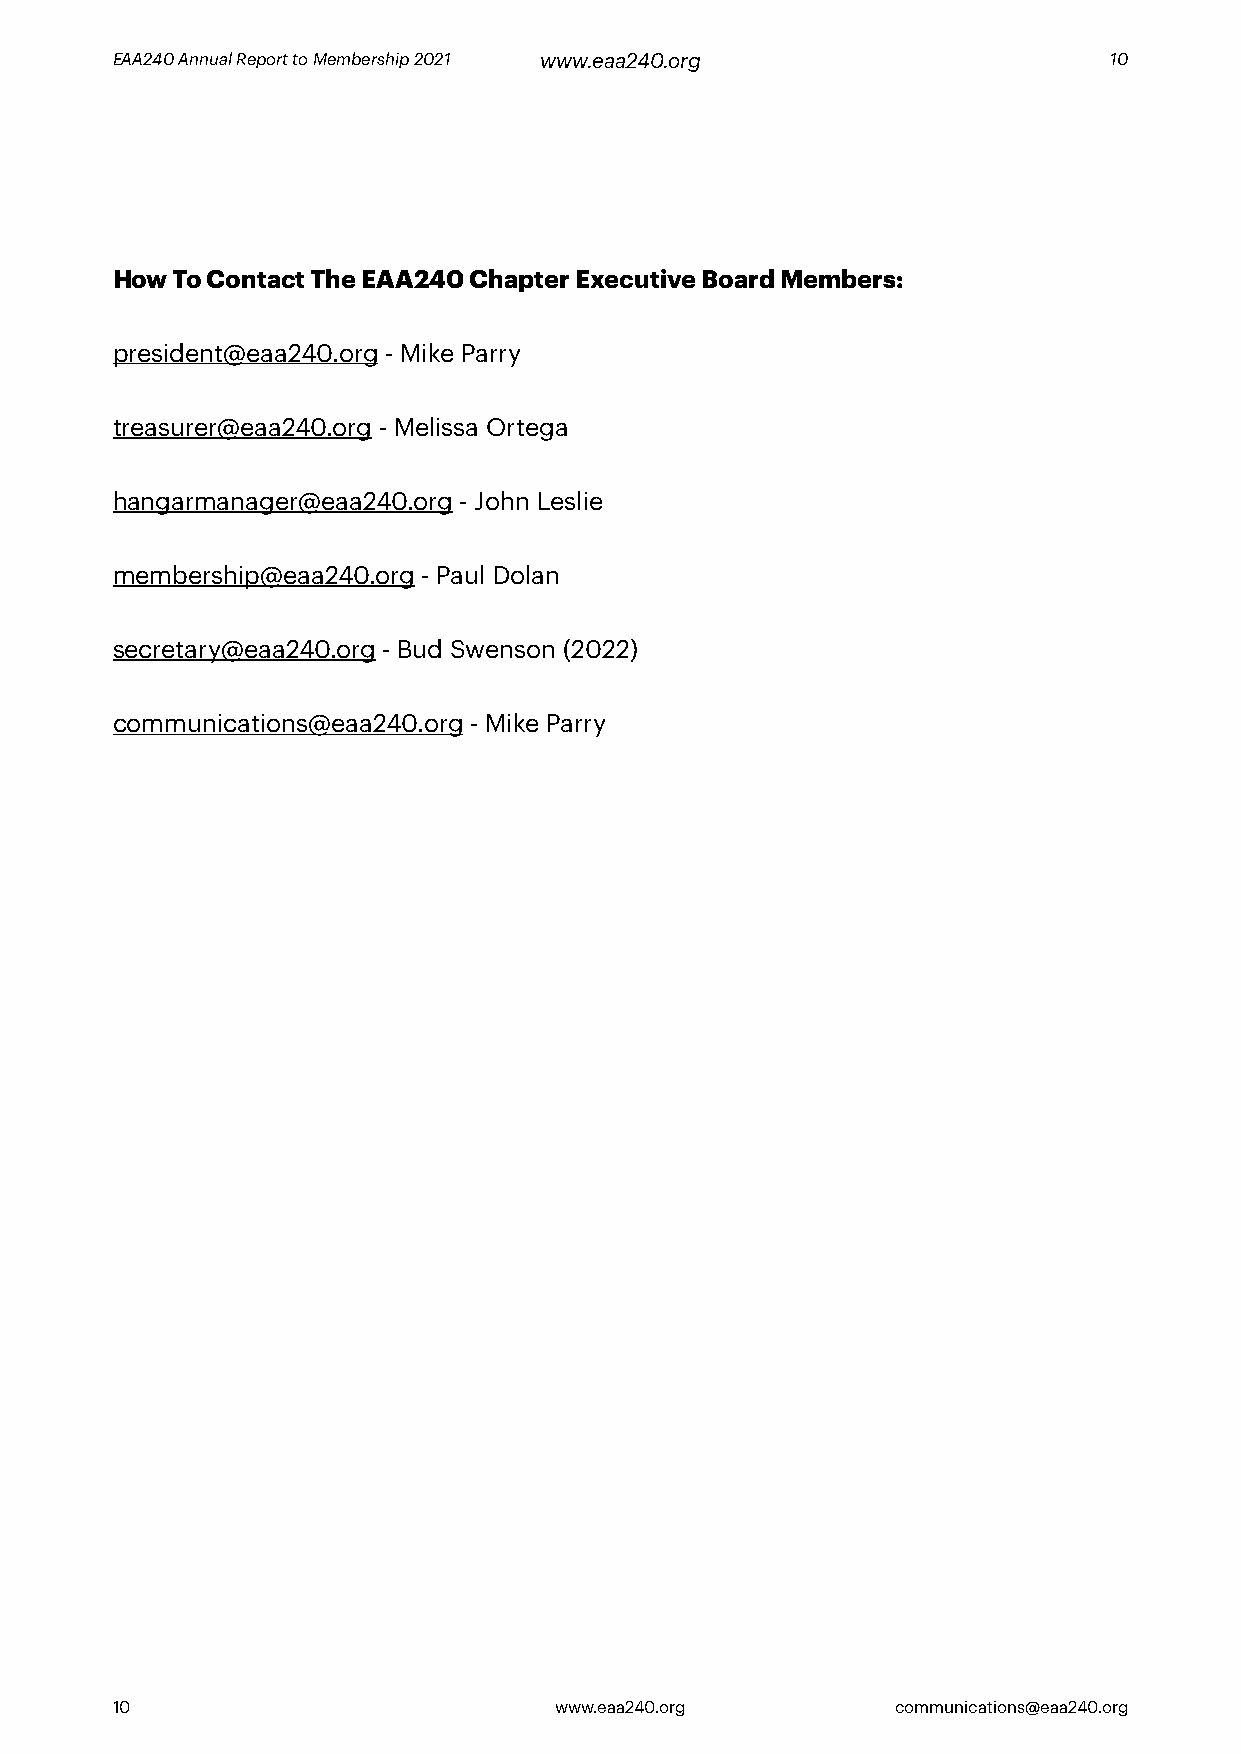
EAA240 Annual Report to Membership 2021 www.eaa240.org            10
 How To Contact The EAA240 Chapter Executive Board Members:
 president@eaa240.org - Mike Parry
 treasurer@eaa240.org - Melissa Ortega
 hangarmanager@eaa240.org - John Leslie
 membership@eaa240.org - Paul Dolan
 secretary@eaa240.org - Bud Swenson (2022)
 communications@eaa240.org - Mike Parry
 10                            www.eaa240.org        communications@eaa240.org